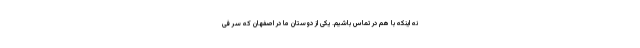
نه اینکه با هم در تماس باشیم. یکی از دوستان ما در اصفهان که سر فی